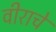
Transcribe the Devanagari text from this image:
वीराचे